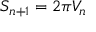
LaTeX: S _ { n + 1 } = 2 \pi V _ { n }